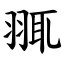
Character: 䎎